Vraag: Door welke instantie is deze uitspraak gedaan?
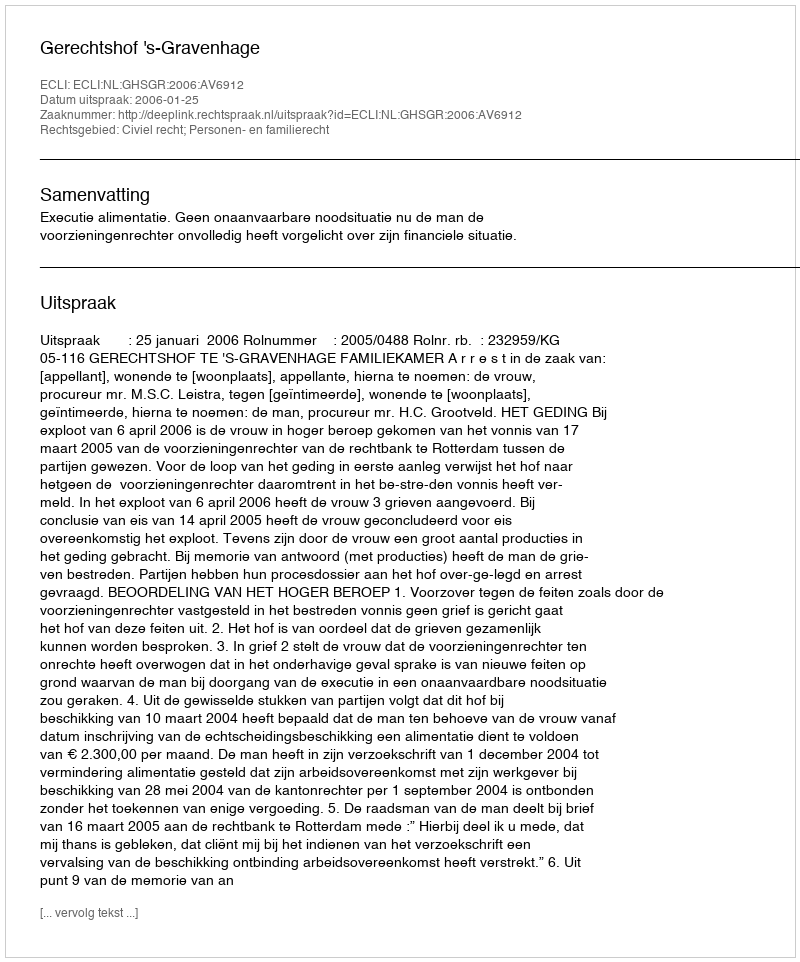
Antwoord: Gerechtshof 's-Gravenhage